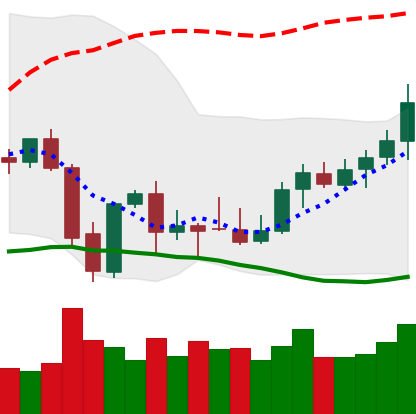
Ticker: XMR-USD
Chart end date: 2021-10-06
Forward return: -3.414%
Label: down_3_5